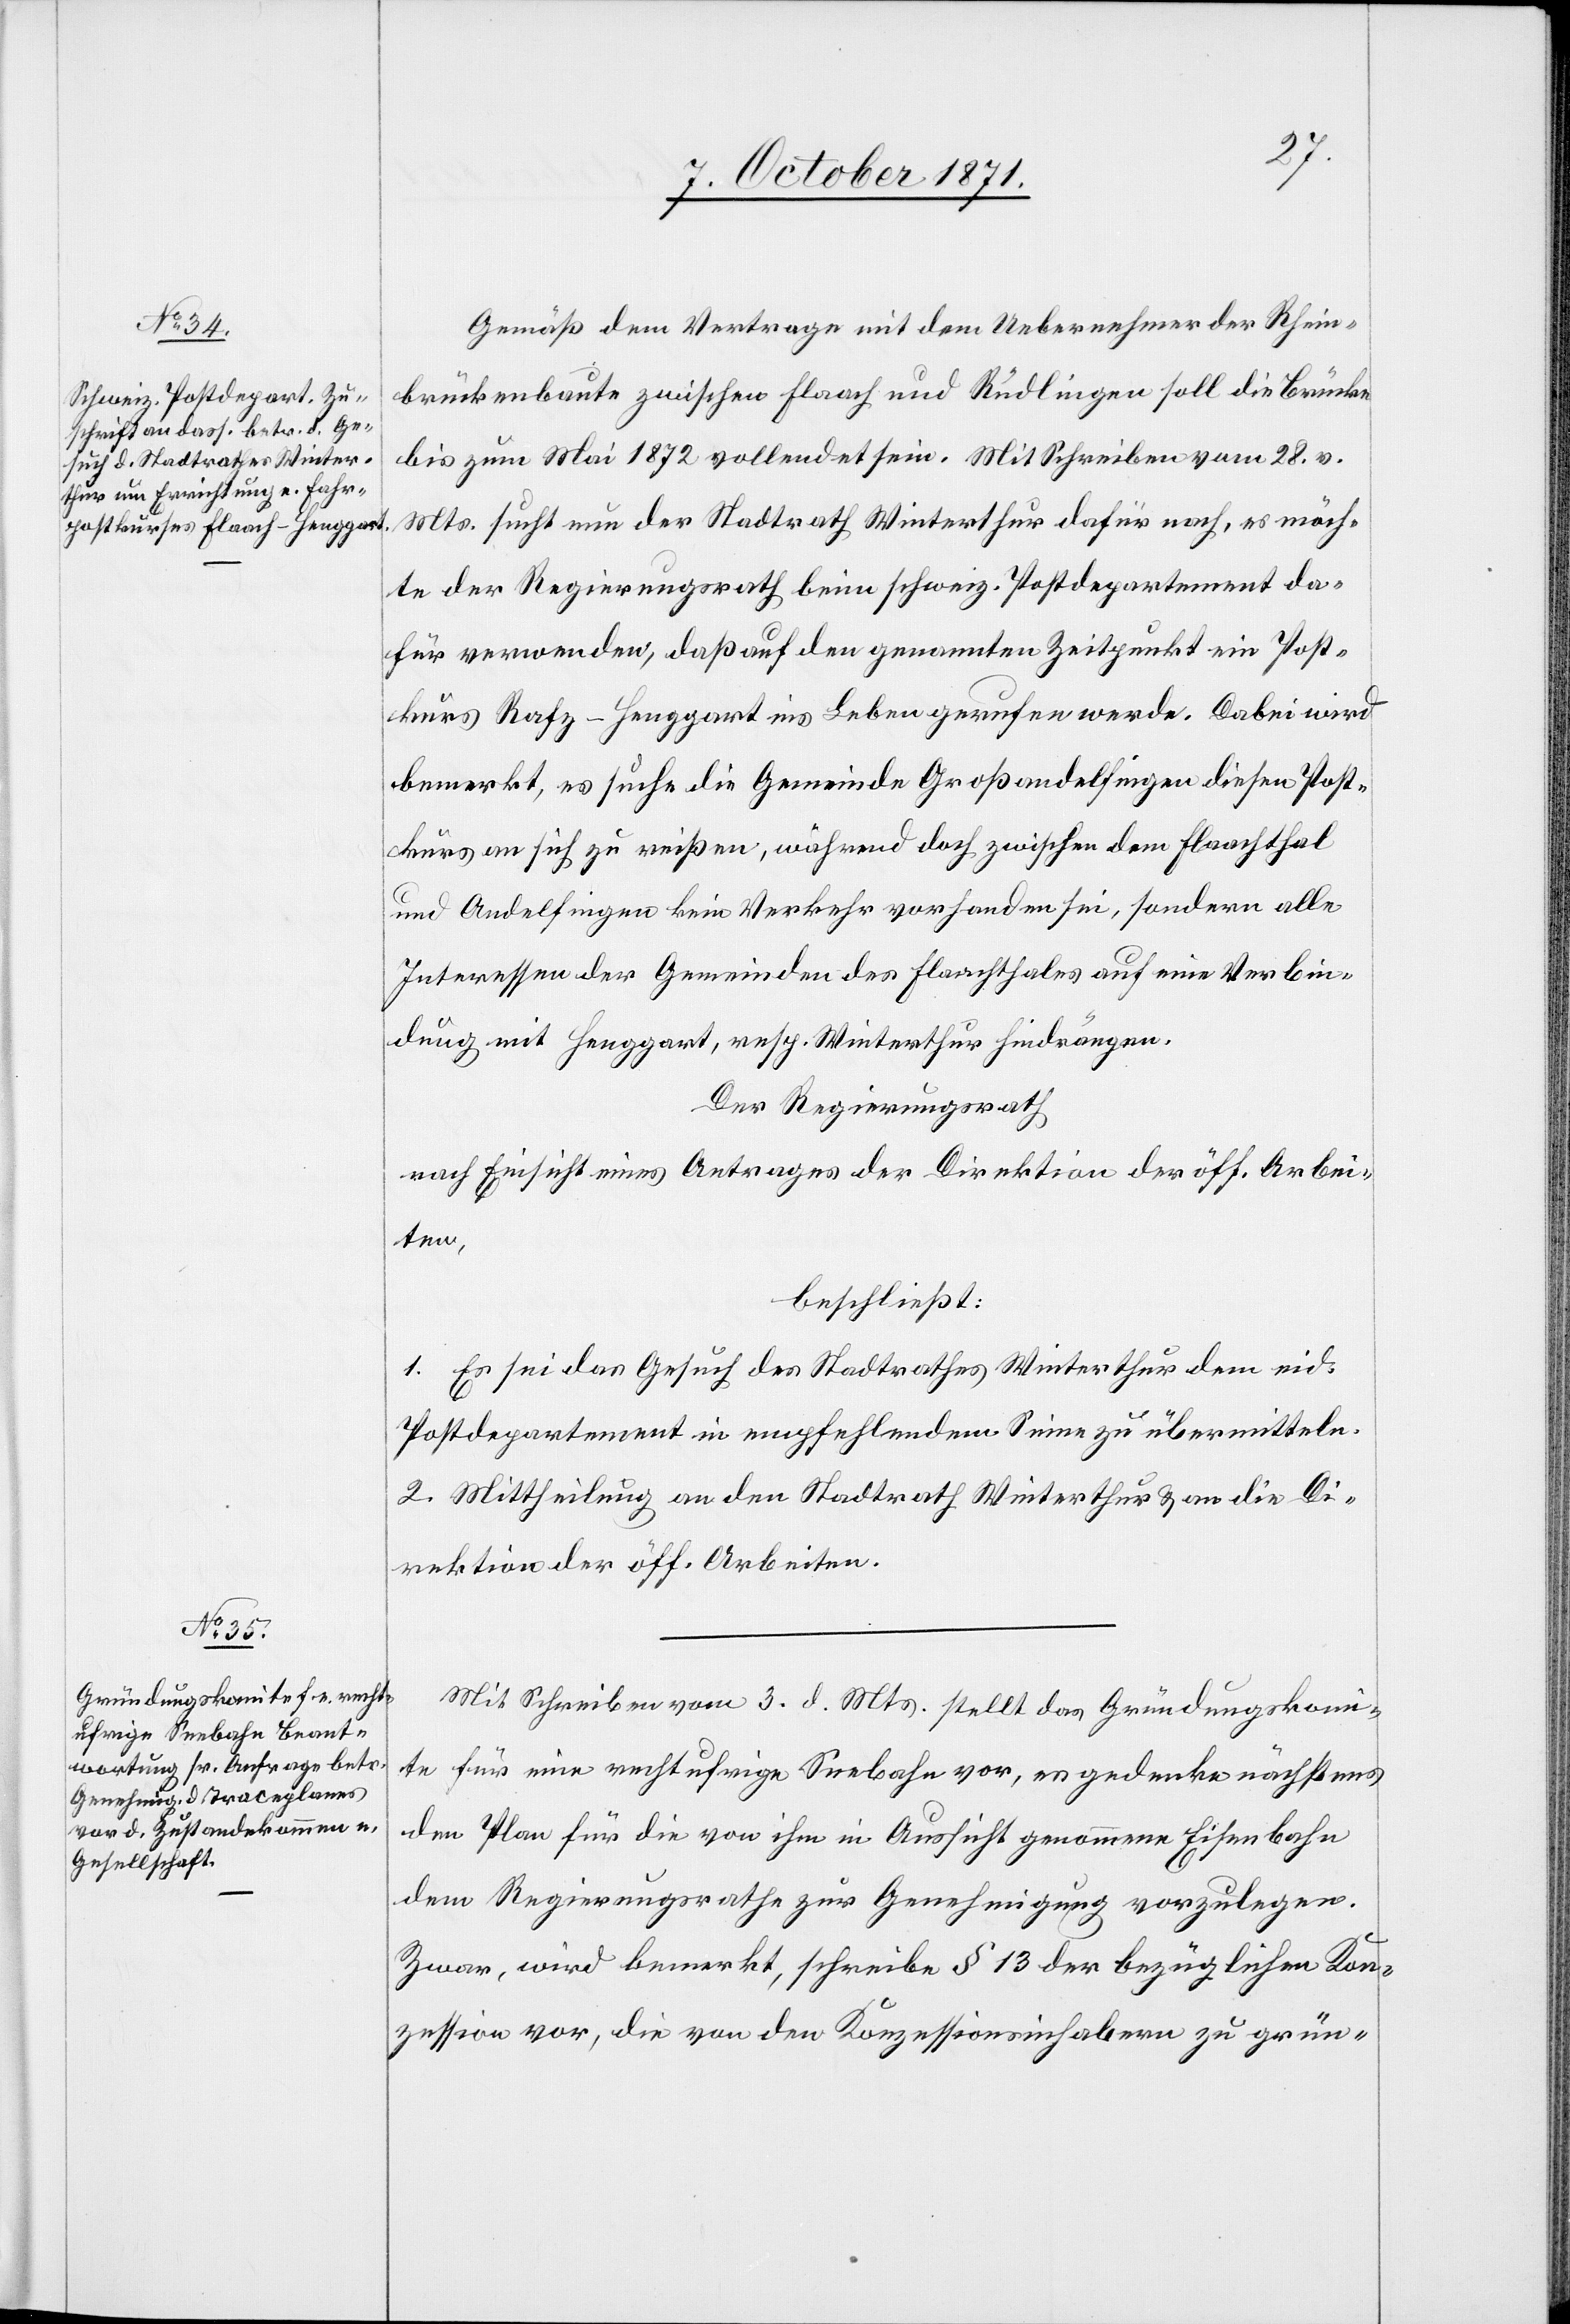
Gemäß dem Vertrage mit dem Uebernehmer der Rhein¬
brückenbaute zwischen Flaach und Rüdlingen soll die Brücke
bis zum Mai 1872 vollendet sein. Mit Schreiben vom 28. v.
Mts. sucht nun der Stadtrath Winterthur dafür nach, es möch¬
te der Regierungsrath beim schweiz. Postdepartement da¬
für verwenden, daß auf den genannten Zeitpunkt ein Post¬
kurs Rafz–Henggart ins Leben gerufen werde. Dabei wird
bemerkt, es suche die Gemeinde Großandelfingen diesen Post¬
kurs an sich zu reißen, während doch zwischen dem Flaachthal
und Andelfingen kein Verkehr vorhanden sei, sondern alle
Interessen der Gemeinde des Flaachthales auf eine Verbin¬
dung mit Henggart, resp. Winterthur hindrängen.
Der Regierungsrath
nach Einsicht eines Antrages der Direktion der öff. Arbei¬
ten,
beschließt:
1. Es sei das Gesuch des Stadtrathes Winterthur dem eid.
Postdepartement in empfehlendem Sinne zu übermitteln.
2. Mittheilung an den Stadtrath Winterthur & an die Di¬
rektion der öff. Arbeiten.
Mit Schreiben vom 3. d. Mts. stellt das Gründungskom¬
ite für eine rechtufrige Seebahn vor, es gedenke nächstens
dem Plan für die von ihm in Aussicht genommene Eisenbahn
dem Regierungsrathe zur Genehmigung vorzulegen.
Zwar, wird bemerkt, schreibe § 13 der bezüglichen Kon¬
zession vor, die von den Konzessionshabern zu grün-